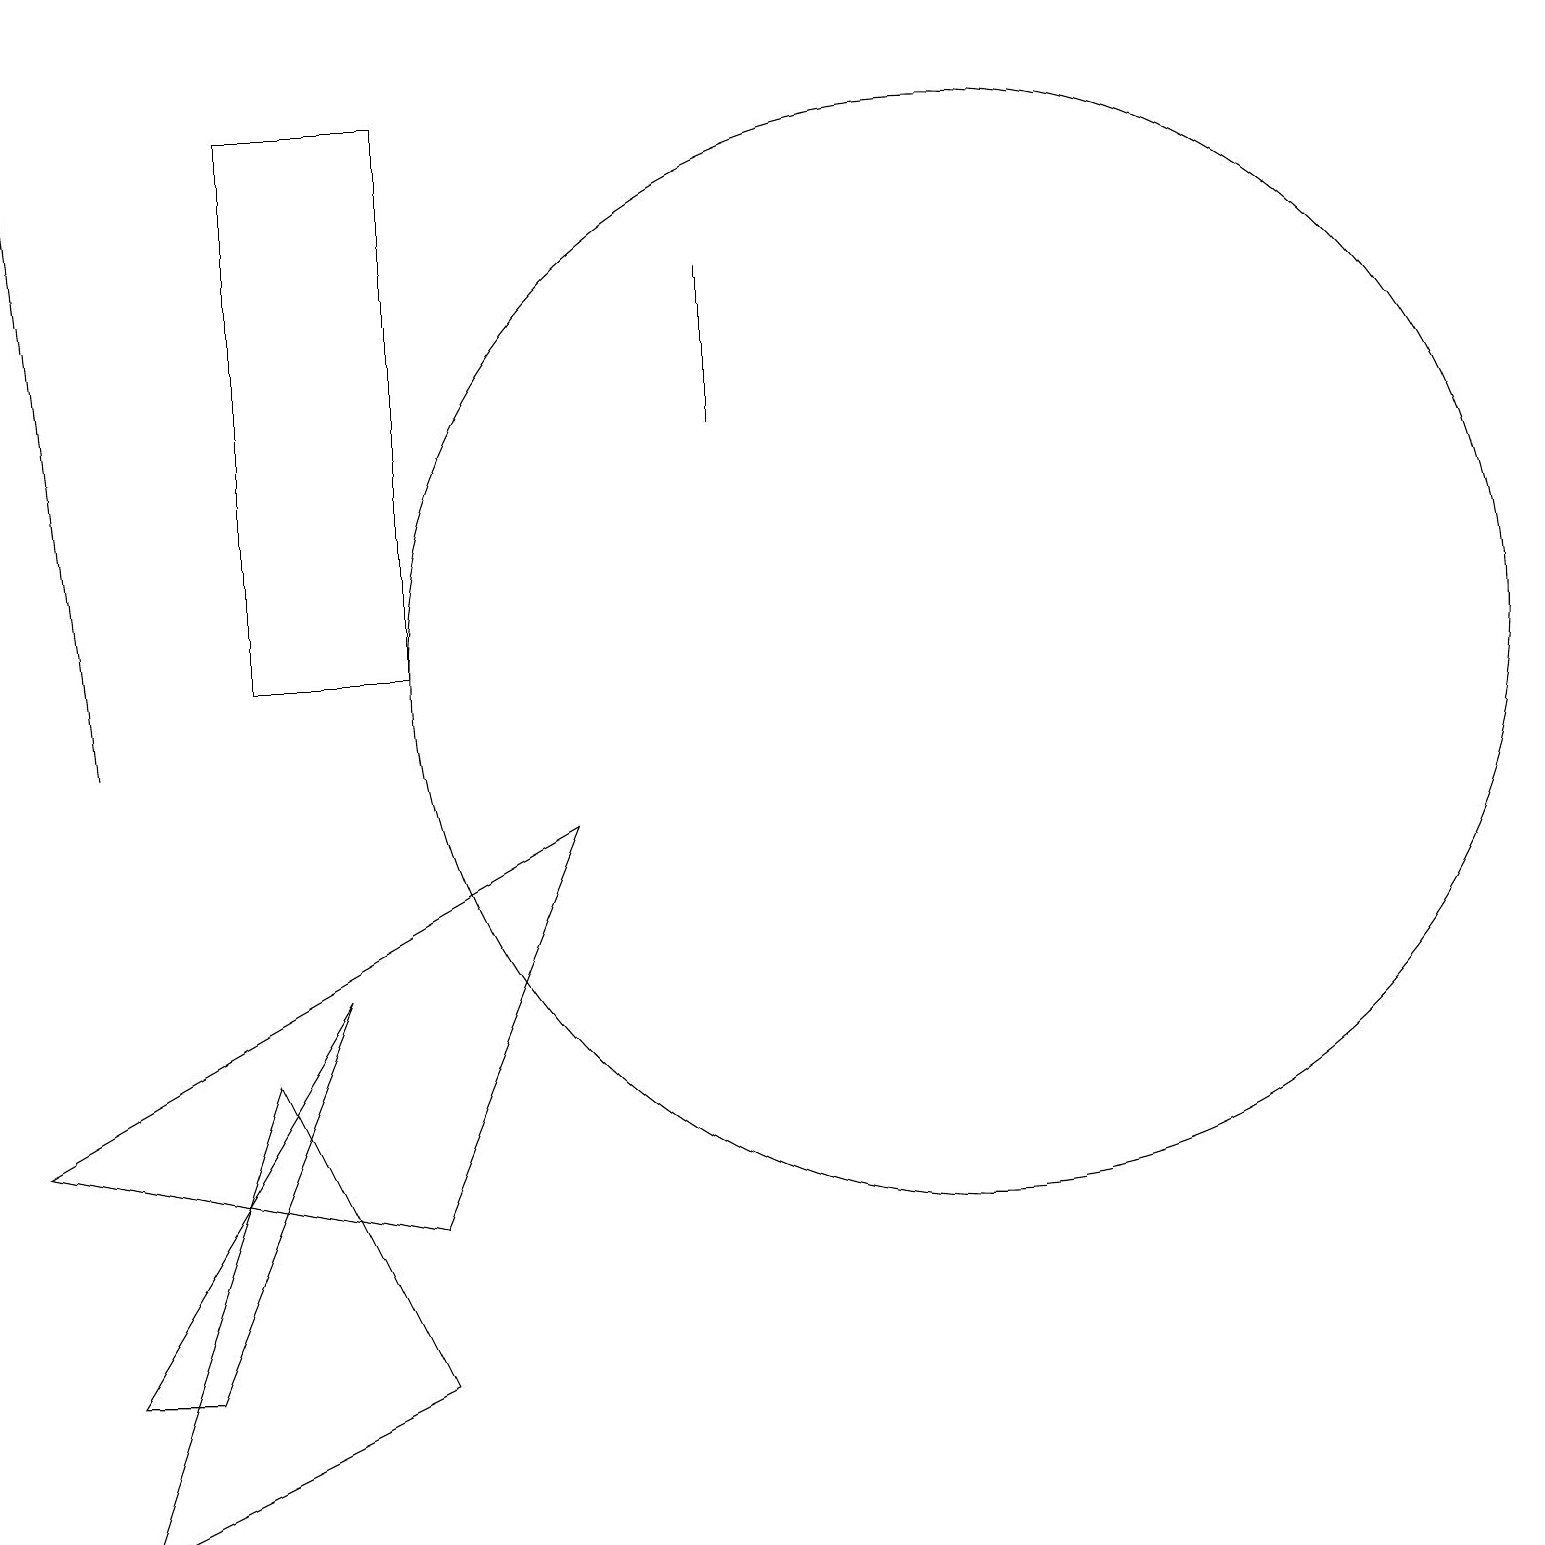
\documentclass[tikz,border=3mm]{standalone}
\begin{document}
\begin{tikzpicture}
\draw (12,11) circle (7);
\draw (11,12) circle (0);
\draw (5,4) -- (7,9) -- (0,5) -- cycle;
\draw[->] (1,10) -- (0,19);
\draw (5,18) rectangle (3,11);
\draw (4,7) -- (2,2) -- (1,2) -- cycle;
\draw (9,14) rectangle (9,16);
\draw (1,0) -- (5,2) -- (3,6) -- cycle;
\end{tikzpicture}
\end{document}